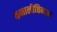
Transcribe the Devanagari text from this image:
कनालीछिनआ